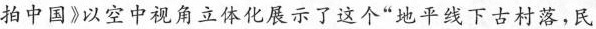
拍中国》以空中视角立体化展示了这个”地平线下古村落，民